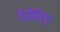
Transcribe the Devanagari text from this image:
देमेंतिंग